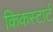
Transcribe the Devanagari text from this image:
किकस्टार्ट